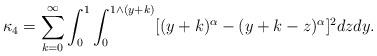
LaTeX: \begin{align*} \kappa_4=\sum_{k= 0}^{\infty}\int_0^1 \int_{0} ^{1 \wedge (y+k)} [ (y+k)^\alpha - (y+k-z)^\alpha]^2 dzdy.\end{align*}